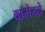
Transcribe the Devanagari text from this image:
वामेग्ये